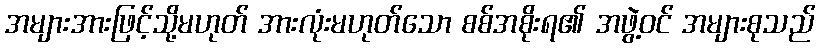
အများအားဖြင့်သို့မဟုတ် အားလုံးမဟုတ်သော စစ်အစိုးရ၏ အဖွဲ့ဝင် အများစုသည်